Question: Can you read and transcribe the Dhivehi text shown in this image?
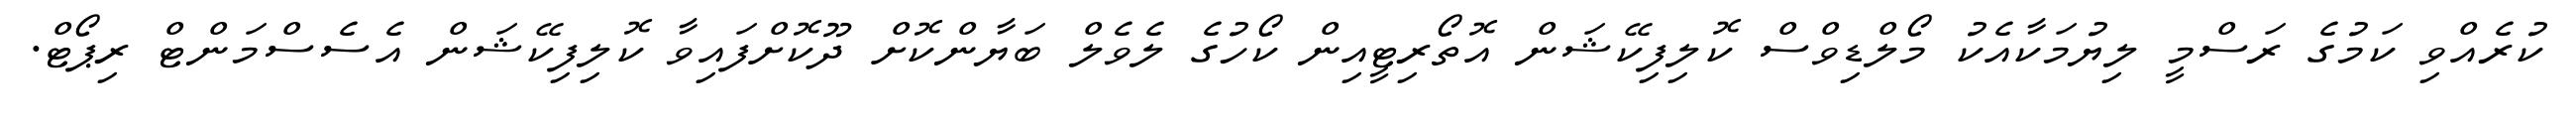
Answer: ކުރެއްވި ކަމުގެ ރަސްމީ ލިޔުމަކާއެކު މޯލްޑިވްސް ކޮލިފިކޭޝަން އޮތޯރިޓީއިން ކޯހުގެ ލެވެލް ބަޔާންކޮށް ދޫކޮށްފައިވާ ކޮލިފިކޭޝަން އެސެސްމަންޓް ރިޕޯޓް.